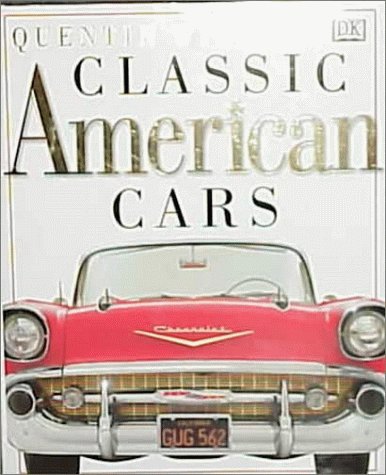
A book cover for Classic American Cars; Quentin Willson; Engineering & Transportation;